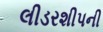
લીડરશીપની